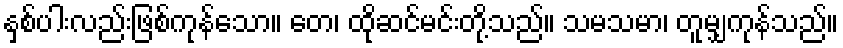
နှစ်ပါးလည်းဖြစ်ကုန်သော။ တေ၊ ထိုဆင်မင်းတို့သည်။ သမသမာ၊ တူမျှကုန်သည်။